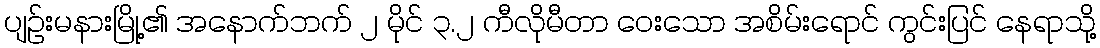
ပျဉ်းမနားမြို့၏ အနောက်ဘက် ၂ မိုင် ၃.၂ ကီလိုမီတာ ဝေးသော အစိမ်းရောင် ကွင်းပြင် နေရာသို့